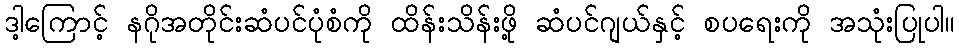
ဒါ့ကြောင့် နဂိုအတိုင်းဆံပင်ပုံစံကို ထိန်းသိန်းဖို့ ဆံပင်ဂျယ်နှင့် စပရေးကို အသုံးပြုပါ။